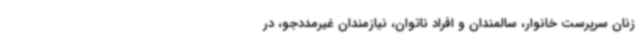
زنان سرپرست خانوار، سالمندان و افراد ناتوان، نیازمندان غیرمددجو، در